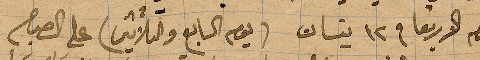
يوم الاربعا في ١٢ نيسان (يوم السابع والثلاثين) على الصباح